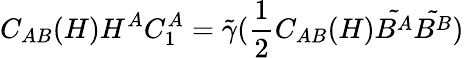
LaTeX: C_{AB}(H)H^{A}C_{1}^{A}=\tilde{\gamma}(\frac{1}{2}C_{AB}(H)\tilde{B^{A}}\tilde{B^{B}})